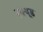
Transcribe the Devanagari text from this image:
स्क्यूड